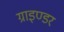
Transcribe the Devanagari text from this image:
ग्राइण्डर